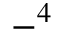
- ^ { 4 }